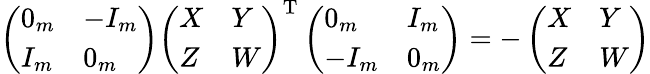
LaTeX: \left({\begin{array}{ll}{0_{m}}&{-I_{m}}\\ {I_{m}}&{0_{m}}\end{array}}\right)\left({\begin{array}{ll}{X}&{Y}\\ {Z}&{W}\end{array}}\right)^{\mathrm{T}}\left({\begin{array}{ll}{0_{m}}&{I_{m}}\\ {-I_{m}}&{0_{m}}\end{array}}\right)=-\left({\begin{array}{ll}{X}&{Y}\\ {Z}&{W}\end{array}}\right)